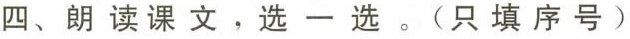
四、朗读课文，选一选。(只填序号)